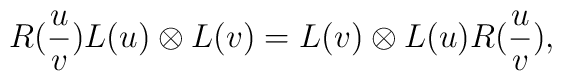
R(\frac{u}{v})L(u)\otimes L(v)=L(v)\otimes L(u)R(\frac{u}{v}),